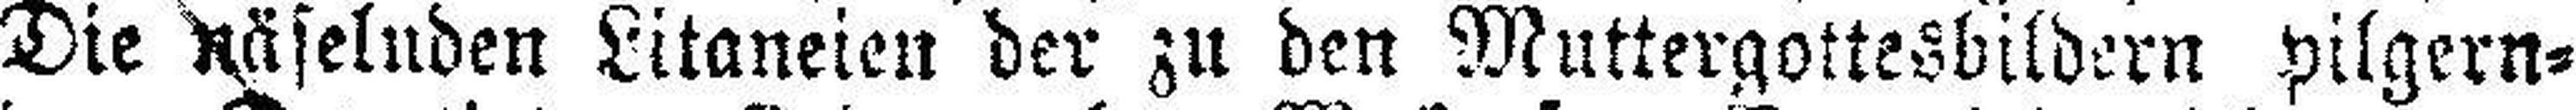
Die näselnden Litaneien der zu den Muttergottesbildern pilgern¬